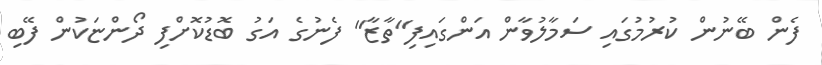
ފެން ބޭނުން ކުރުމުގައި ސަމާލުވާން އަންގައިފި"ތާޒާ" ފެނުގެ އަގު ބޮޑުކޮށްފި ދޯންޏަކުން ފޭބި